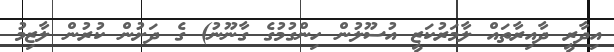
އިދާރީ ދާއިރާތައް ލާމަރުކަޒީ އުސޫލުން ހިންގުމުގެ ގާނޫނު) ގެ ދަށުން ކުރުން ލާޒިމު